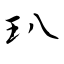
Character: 玐